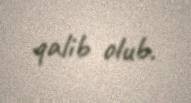
qalib olub.